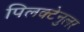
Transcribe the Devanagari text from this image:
पिलक्टेनुलर